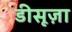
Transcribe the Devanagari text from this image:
डीसूज़ा